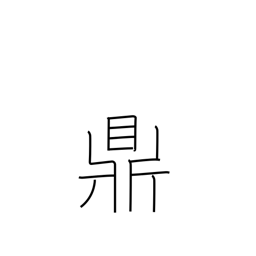
Meaning: three legged kettle